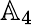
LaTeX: \mathbb{A}_{4}